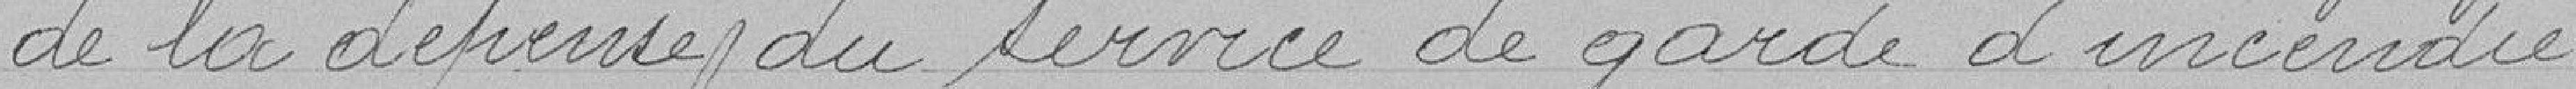
de la dépense du service de garde d'incendie.